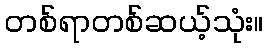
တစ်ရာတစ်ဆယ့်သုံး။